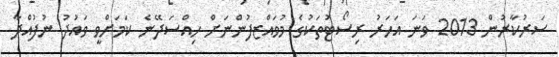
ސަރުކާރުން 2013 ވަނަ އަހަރު ރިސޯޓުތަކުގެ މުވައްޒފުންނަށް ހިއްސަދޭނެ ކަމަށްވީ ވައުދު ނުފުއްދާ